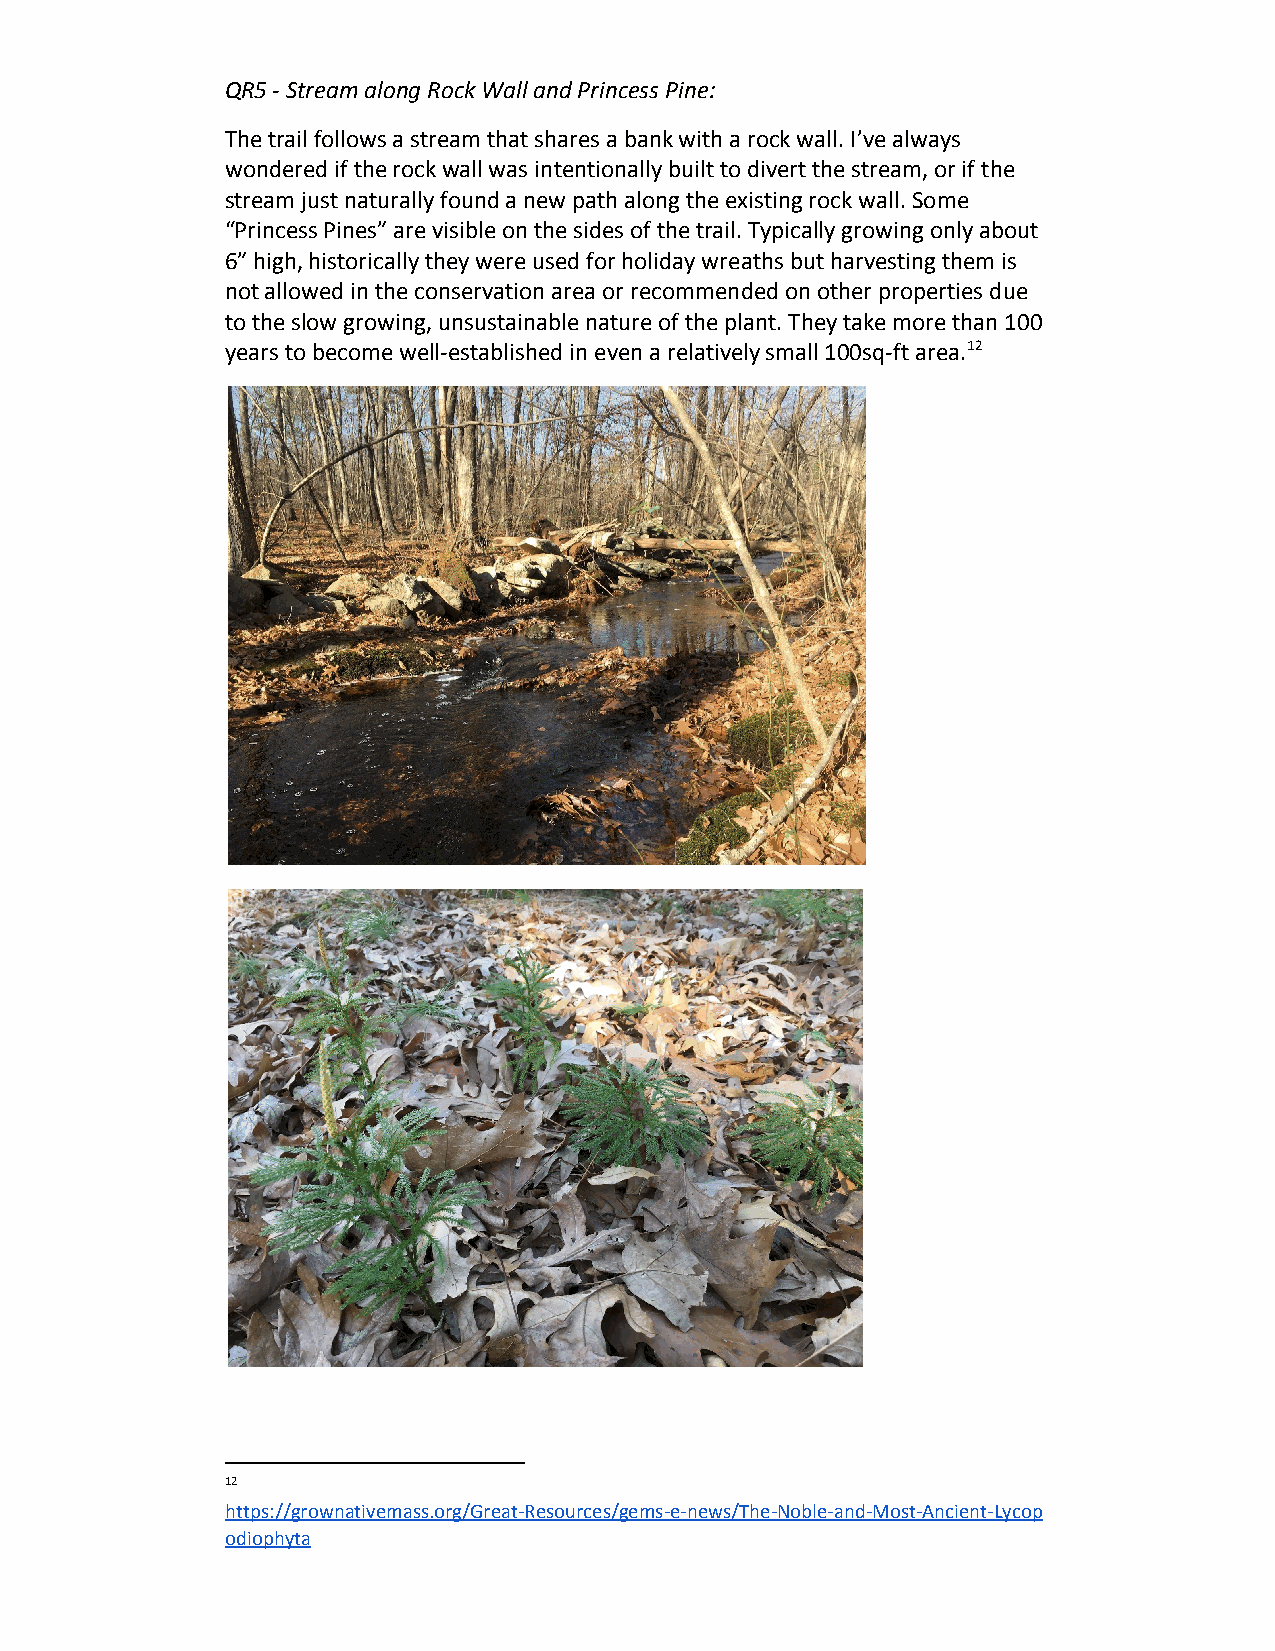
QR5 - Stream along Rock Wall and Princess Pine:
 The trail follows a stream that shares a bank with a rock wall. I’ve always
 wondered if the rock wall was intentionally built to divert the stream, or if the
 stream just naturally found a new path along the existing rock wall. Some
 “Princess Pines” are visible on the sides of the trail. Typically growing only about
 6” high, historically they were used for holiday wreaths but harvesting them is
 not allowed in the conservation area or recommended on other properties due
 to the slow growing, unsustainable nature of the plant. They take more than 100
 years to become well-established in even a relatively small 100sq-ft area.12
 ​
 12
 https://grownativemass.org/Great-Resources/gems-e-news/The-Noble-and-Most-Ancient-Lycop
 odiophyta